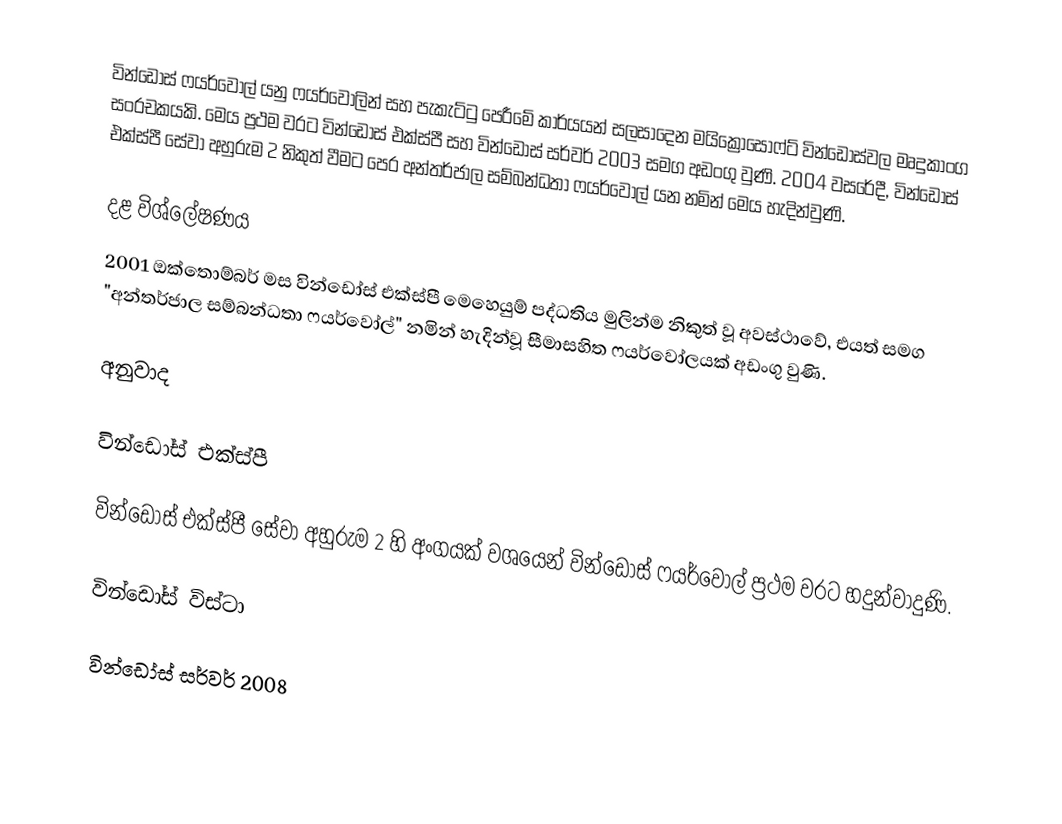
වින්ඩෝස් ෆයර්වෝල් යනු ෆයර්වෝලින් සහ පැකැට්ටු පෙරීමේ කාර්යයන් සලසාදෙන මයික්‍රොසොෆ්ට් වින්ඩෝස්වල මෘදුකාංග සංරචකයකි. මෙය ප්‍රථම වරට වින්ඩෝස් එක්ස්පී සහ වින්ඩෝස් සර්වර් 2003 සමග අඩංගු වුණි. 2004 වසරේදී, වින්ඩෝස් එක්ස්පී සේවා අහුරුම 2 නිකුත් වීමට පෙර අන්තර්ජාල සම්බන්ධතා ෆයර්වෝල් යන නමින් මෙය හැදින්වුණි.

දළ විශ්ලේෂණය
2001 ඔක්තොම්බර් මස වින්ඩෝස් එක්ස්පී මෙහෙයුම් පද්ධතිය මුලින්ම නිකුත් වූ අවස්ථාවේ, එයත් සමග "අන්තර්ජාල සම්බන්ධතා ෆයර්වෝල්" නමින් හැදින්වූ සීමාසහිත ෆයර්වෝලයක් අඩංගු වුණි.

අනුවාද

වින්ඩෝස් එක්ස්පී

වින්ඩෝස් එක්ස්පී සේවා අහුරුම 2 හි අංගයක් වශයෙන් වින්ඩෝස් ෆයර්වෝල් ප්‍රථම වරට හදුන්වාදුණි.

වින්ඩෝස් විස්ටා

වින්ඩෝස් සර්වර් 2008